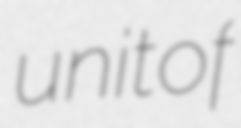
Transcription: unit of